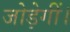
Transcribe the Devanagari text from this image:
जोड़ेगीं।